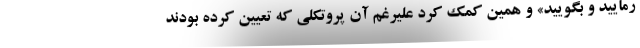
رمایید و بگویید» و همین کمک کرد علیرغم آن پروتکلی که تعیین کرده بودند